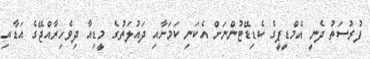
ފުރުސަތު ދެނީ އެމްޑީޕީގެ ކެޑިޑޭޓުންނަށް އެކަނި ކަމަށާއި ދައުލަތުގެ މީޑިއާ ދިވެހިރާއްޖޭގެ އަޑާއި